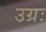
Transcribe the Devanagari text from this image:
उग्रः